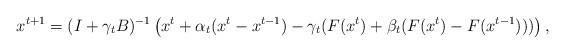
LaTeX: \begin{align*}x^{t+1}=(I+\gamma_tB)^{-1}\left(x^t+\alpha_t(x^t-x^{t-1})-\gamma_t(F(x^t)+\beta_t(F(x^t)-F(x^{t-1})))\right),\end{align*}